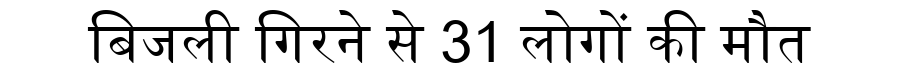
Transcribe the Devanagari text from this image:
बिजली गिरने से 31 लोगों की मौत